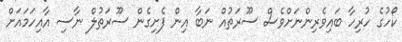
ކޯހުގެ ހުރިހާ ބައިވެރިންނަށްވެސް ސޫރަތުއް ނަބާ އިން ފެށިގެން ސޫރަތުލް ނާސި އާއިހަމައަށް